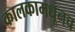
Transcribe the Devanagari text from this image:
कालकामधूनच